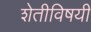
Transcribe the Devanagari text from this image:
शेतीविषयी